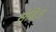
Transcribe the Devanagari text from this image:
सेबिज़